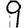
Digit: 9